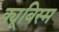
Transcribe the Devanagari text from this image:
क्यूबिस्म